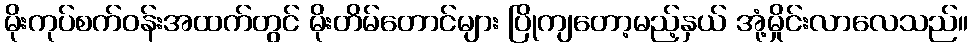
မိုးကုပ်စက်ဝန်းအထက်တွင် မိုးတိမ်တောင်များ ပြိုကျတော့မည့်နှယ် အုံ့မှိုင်းလာလေသည်။